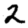
Digit: 2